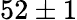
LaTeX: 52\pm 1